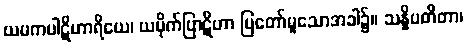
ယမကပါဋိဟာရိယေ၊ ယမိုက်ပြာဋိဟာ ပြတော်မူသောအခါ၌။ သန္နိပတိတာ၊